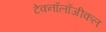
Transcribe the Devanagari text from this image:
टेक्नॉलॉजीकल